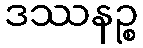
ဒဿနဉ္စ